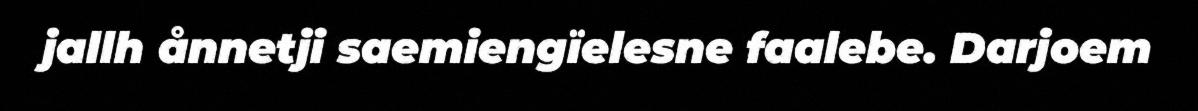
jallh ånnetji saemiengïelesne faalebe. Darjoem